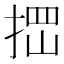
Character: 𰓾